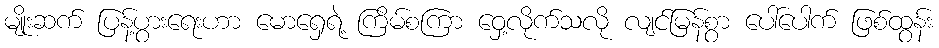
မျိုးဆက် ပြန့်ပွားရေးဟာ မောရှေရဲ့ ကြိမ်စကြာ ဝှေ့လိုက်သလို လျင်မြန်စွာ ပေါ်ပေါက် ဖြစ်ထွန်း